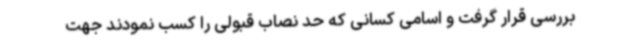
بررسی قرار گرفت و اسامی کسانی که حد نصاب قبولی را کسب نمودند جهت